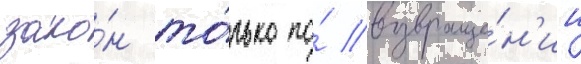
зако́н то́лько по́ возвраще́н'ии